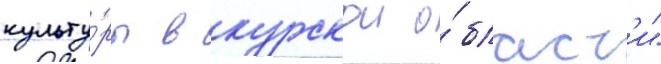
культу́ры в курскои о́бласт'и"